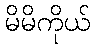
မိမိကိုယ်